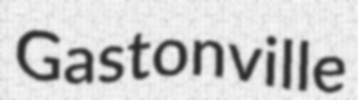
Gastonville